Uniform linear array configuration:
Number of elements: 24
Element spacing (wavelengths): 0.25
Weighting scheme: binomial
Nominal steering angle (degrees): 0
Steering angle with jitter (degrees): -0.9258
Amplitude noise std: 0.05
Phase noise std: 0.05

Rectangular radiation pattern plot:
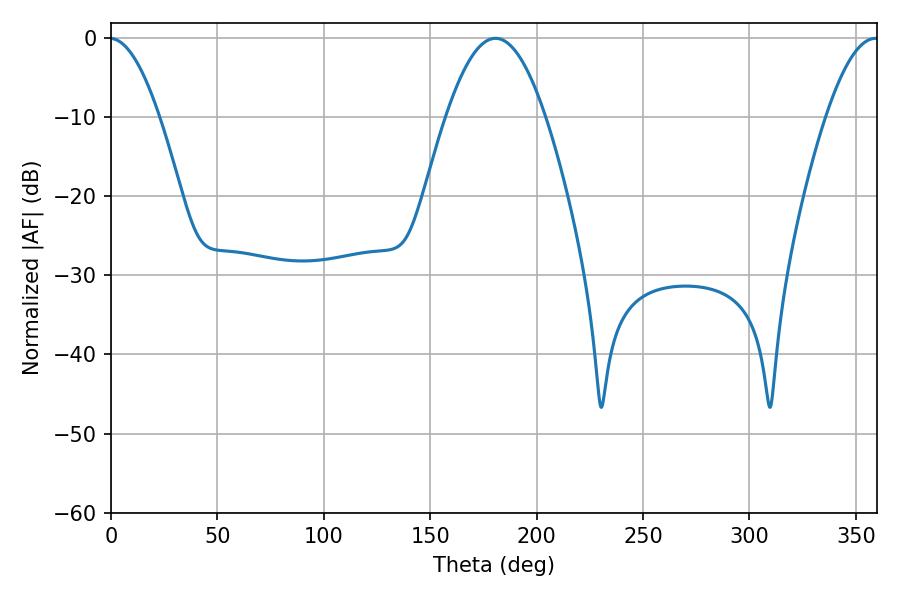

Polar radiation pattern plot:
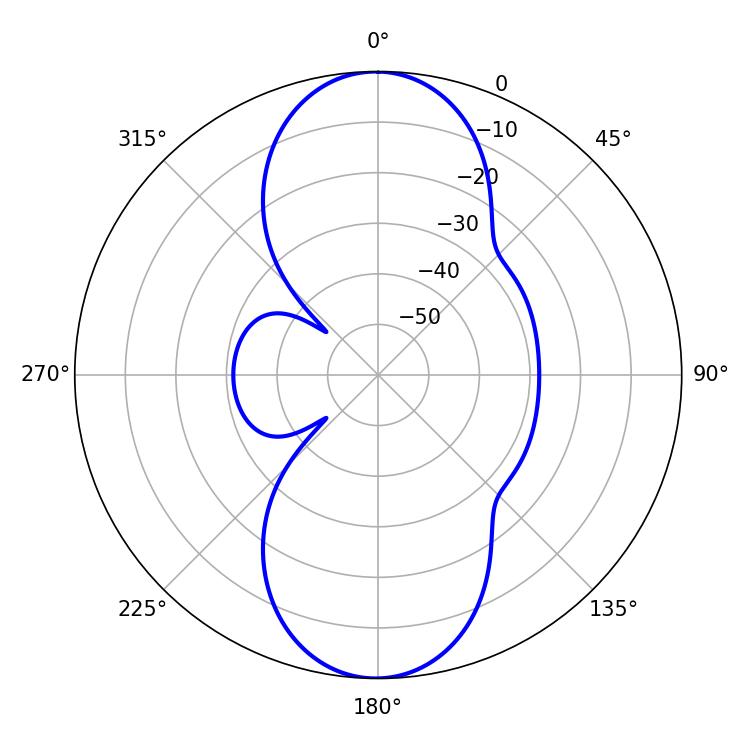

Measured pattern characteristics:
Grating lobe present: FALSE
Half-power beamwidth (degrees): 25.38
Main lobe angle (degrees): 180.72